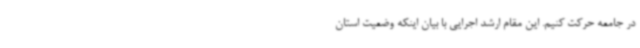
در جامعه حرکت کنیم. این مقام ارشد اجرایی با بیان اینکه وضعیت استان